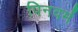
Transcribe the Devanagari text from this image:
पिनवर्म